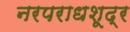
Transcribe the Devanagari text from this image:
नरपराधशूद्र